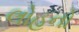
લોહનો